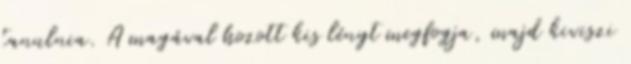
tanulnia. A magával hozott kis lényt megfogja, majd kiviszi